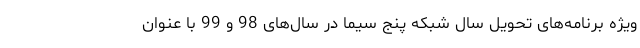
ویژه برنامه‌های تحویل سال شبکه پنج سیما در سال‌های 98 و 99 با عنوان